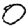
Digit: 0